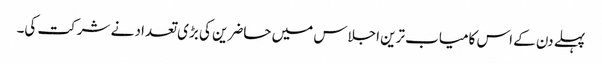
پہلے دن کے اس کامیاب ترین اجلاس میں حاضرین کی بڑی تعداد نے شرکت کی۔